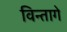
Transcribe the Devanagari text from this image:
विन्तागे